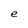
Character: e